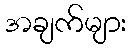
အချက်များ